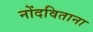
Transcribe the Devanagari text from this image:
नोंदविताना